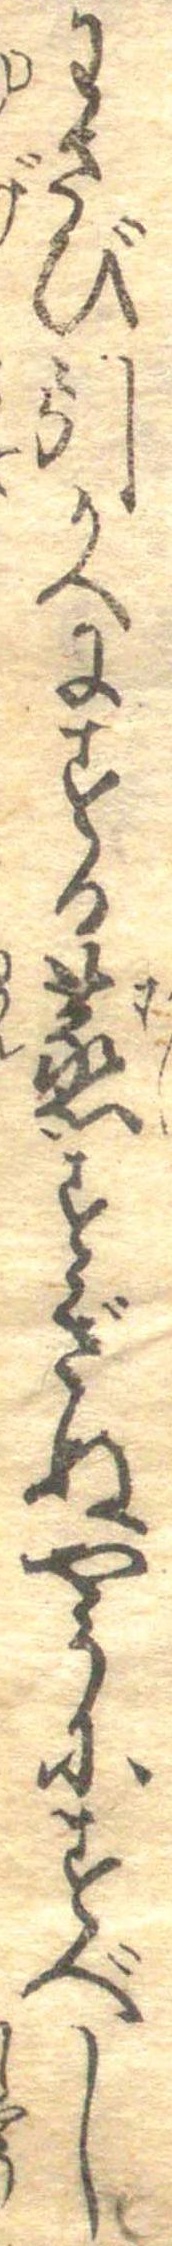
わさび引かへにする蒸すぎぬやうにすべし